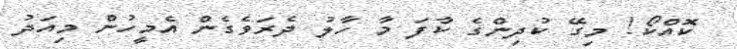
ކޮއްކޯ! މިގޭ ކުދިންގެ ކާފަ މާ ހާލު ދެރަވެގެން އެމީހުން މިއަދު